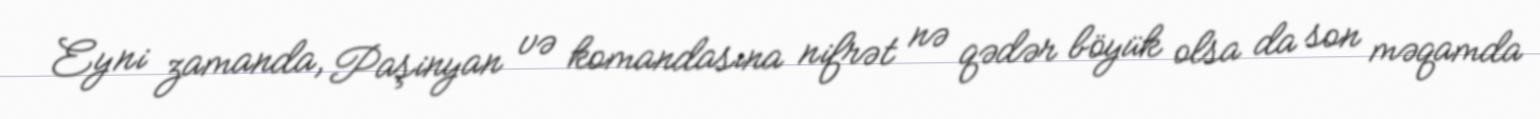
Eyni zamanda, Paşinyan və komandasına nifrət nə qədər böyük olsa da son məqamda